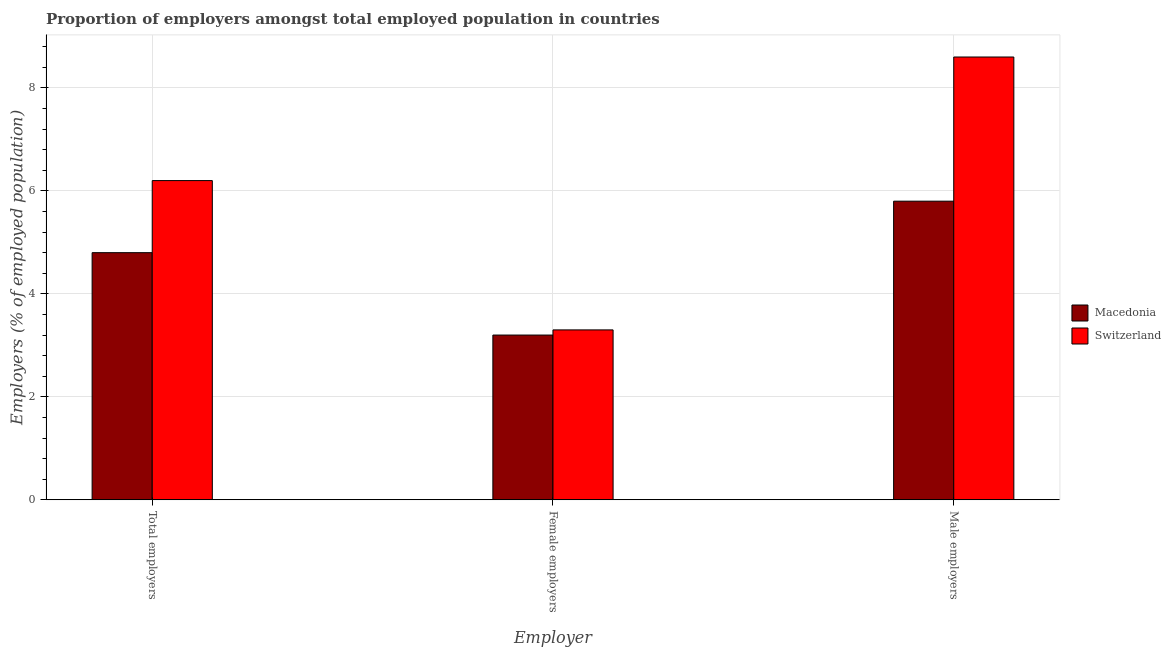
| Employer | Macedonia | Switzerland |
 | --- | --- | --- |
 | Total employers | 4.8 | 6.2 |
 | Female employers | 3.2 | 3.3 |
 | Male employers | 5.8 | 8.6 |